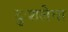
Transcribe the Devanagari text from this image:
दुःशलेचा